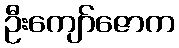
ဦးကျော်ဇောက